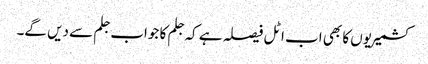
کشمیریوں کا بھی اب اٹل فیصلہ ہے کہ جلم کا جواب جلم سے دیں گے۔